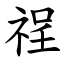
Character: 䄇